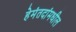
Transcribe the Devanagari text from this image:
हेमंतदांमधील